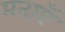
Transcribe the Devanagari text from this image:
मनाएँ